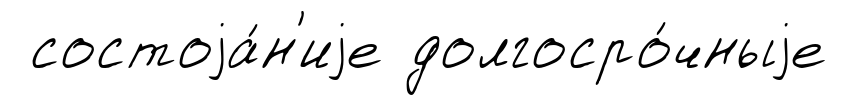
состоjа́н'иjе долгосро́чныjе